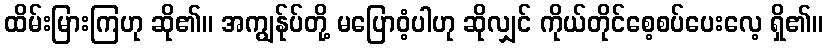
ထိမ်းမြားကြဟု ဆို၏။ အကျွန်ုပ်တို့ မပြောဝံ့ပါဟု ဆိုလျှင် ကိုယ်တိုင်စေ့စပ်ပေးလေ့ ရှိ၏။